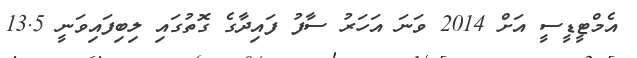
އެމްޓީޑީސީ އަށް 2014 ވަނަ އަހަރު ސާފު ފައިދާގެ ގޮތުގައި ލިބިފައިވަނީ 13.5